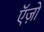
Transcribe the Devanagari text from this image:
ऍज़ो